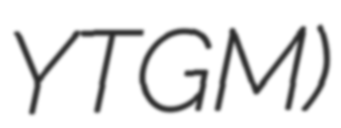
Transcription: YTGM)